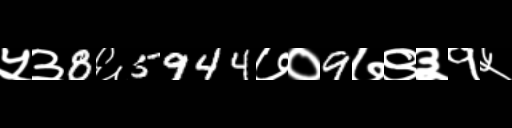
Text: ५३8६5944७०9७९३१५